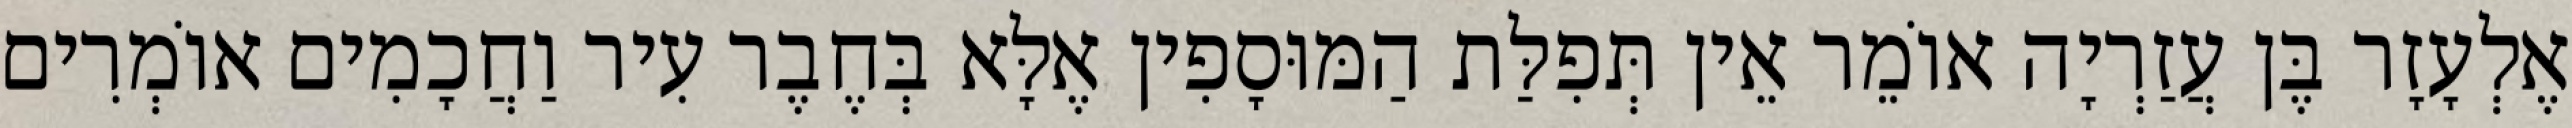
אֶלְעָזָר בֶּן עֲזַרְיָה אוֹמֵר אֵין תְּפִלַּת הַמּוּסָפִין אֶלָּא בְּחֶבֶר עִיר וַחֲכָמִים אוֹמְרִים